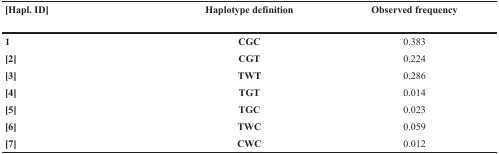
<table><thead><tr><td><b>[Hapl. ID]</b></td><td><b>Haplotype definition</b></td><td><b>Observed frequency</b></td></tr></thead><tbody><tr><td><b>1</b></td><td><b>CGC</b></td><td>0.383</td></tr><tr><td><b>[2]</b></td><td><b>CGT</b></td><td>0.224</td></tr><tr><td><b>[3]</b></td><td><b>TWT</b></td><td>0.286</td></tr><tr><td><b>[4]</b></td><td><b>TGT</b></td><td>0.014</td></tr><tr><td><b>[5]</b></td><td><b>TGC</b></td><td>0.023</td></tr><tr><td><b>[6]</b></td><td><b>TWC</b></td><td>0.059</td></tr><tr><td><b>[7]</b></td><td><b>CWC</b></td><td>0.012</td></tr></tbody></table>